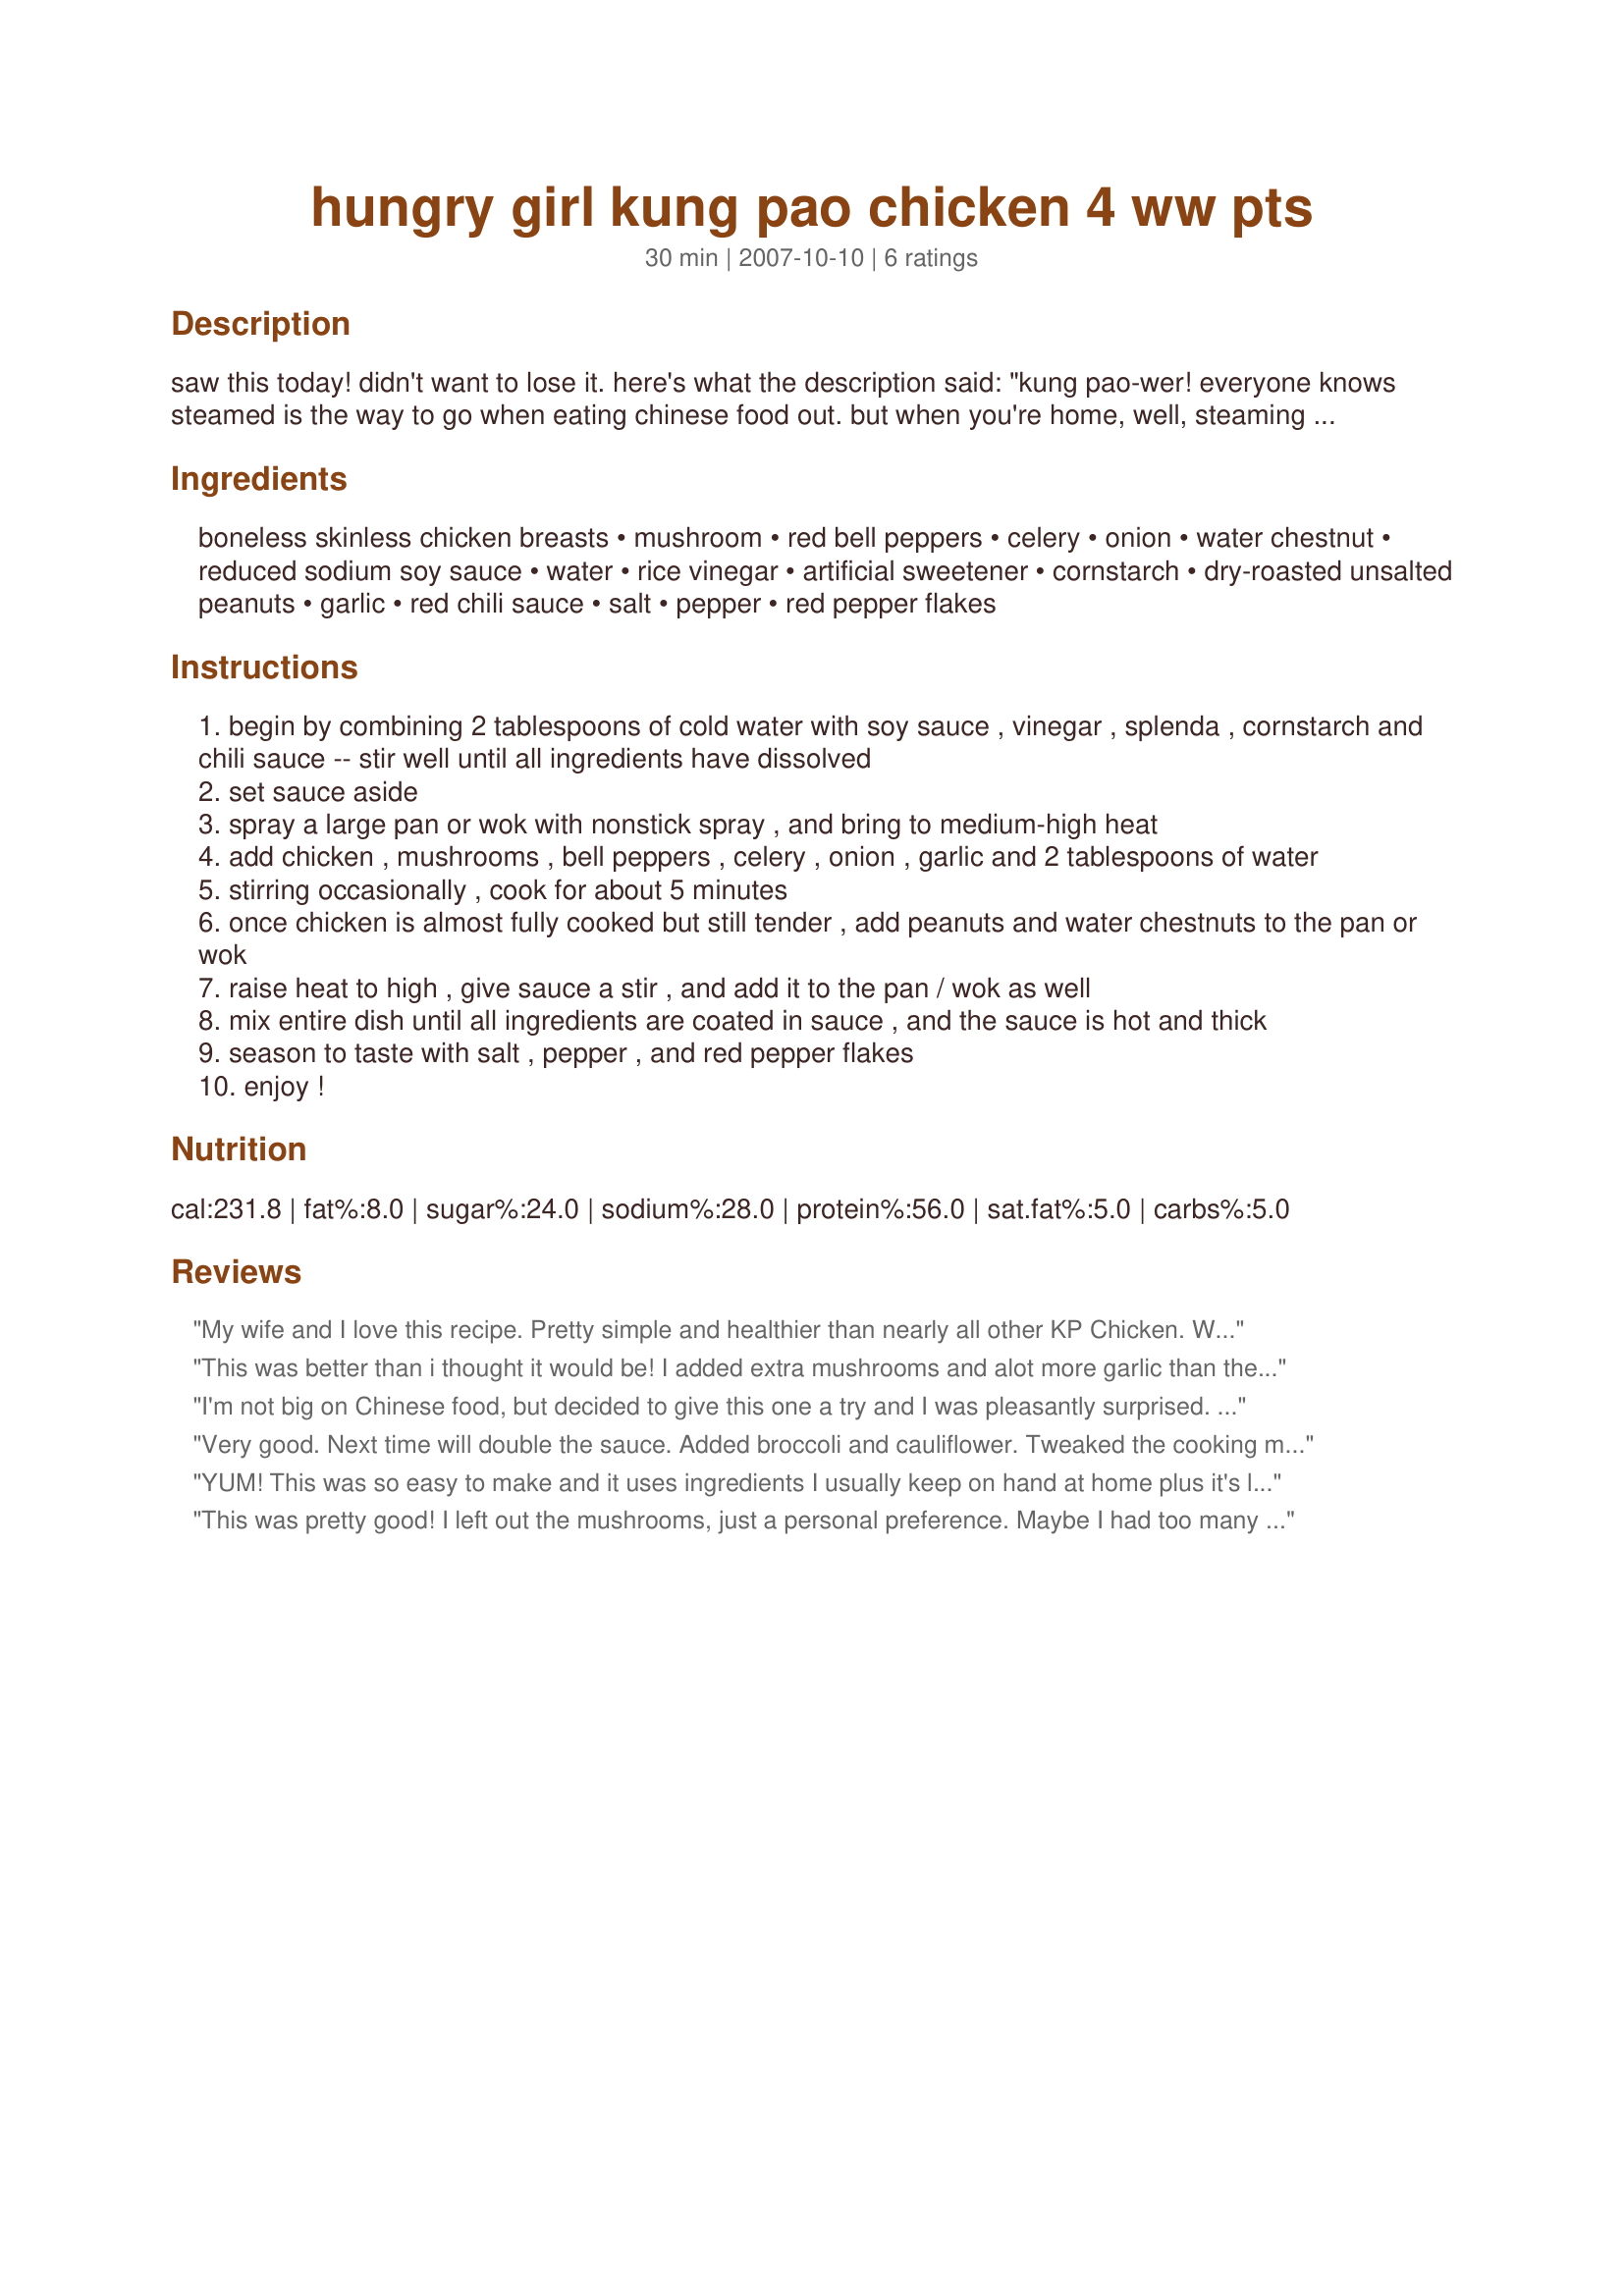
hungry girl kung pao chicken 4 ww pts
Preparation time: 30 minutes

saw this today! didn't want to lose it. here's what the description said: "kung pao-wer! everyone knows steamed is the way to go when eating chinese food out. but when you're home, well, steaming your asian chicken is for the birds (not literally). why? because it's too easy to create a saucy, spicy, wonderful dish that has a tiny fraction of the calories and fat of restaurant versions. see below for proof -- and feel free to experiment using all sorts of other veggies (green beans, carrots, bean sprouts, broccoli) and lean protein (shrimp, lean steak, tofu, and even lean pork tenderloin rock kung pao style!)serving size: 1 heaping portion (half of recipe)
calories: 230
fat: 4g
sodium: 720mg
carbs: 17g
fiber: 3g
sugars: 7g
protein: 30g

Ingredients:
boneless skinless chicken breasts, mushroom, red bell peppers, celery, onion, water chestnut, reduced sodium soy sauce, water, rice vinegar, artificial sweetener, cornstarch, dry-roasted unsalted peanuts, garlic, red chili sauce, salt, pepper, red pepper flakes

Steps:
begin by combining 2 tablespoons of cold water with soy sauce , vinegar , splenda , cornstarch and chili sauce -- stir well until all ingredients have dissolved
set sauce aside
spray a large pan or wok with nonstick spray , and bring to medium-high heat
add chicken , mushrooms , bell peppers , celery , onion , garlic and 2 tablespoons of water
stirring occasionally , cook for about 5 minutes
once chicken is almost fully cooked but still tender , add peanuts and water chestnuts to the pan or wok
raise heat to high , give sauce a stir , and add it to the pan / wok as well
mix entire dish until all ingredients are coated in sauce , and the sauce is hot and thick
season to taste with salt , pepper , and red pepper flakes
enjoy !

Reviews:
My wife and I love this recipe. Pretty simple and healthier than nearly all other KP Chicken. We double it every time (but use a little less than double the chili sauce). The variant she loves is to make it using prepackaged broccoli slaw instead of the peppers & celery.
This was better than i thought it would be! I added extra mushrooms and alot more garlic than the recipe called for. thank you for sharing! will make again. oh and i served over white rice. (a treat for hubby...lol)
I'm not big on Chinese food, but decided to give this one a try and I was pleasantly surprised. I didn't have garlic (so I used garlic powder), water chestnuts or celery (omit), but other than that, made recipe as it says. I did add 2 tsp of the chili-garlic sauce b/c I love the flavor so much, but would def only put 1 tsp next time b/c it was a bit too spicy for me. All in all, a very good and flavorful recipe.
Very good. Next time will double the sauce. Added broccoli and cauliflower. Tweaked the cooking method a bit - did chicken in batches, removed from pan and then did broccolli, cauli and onions first, adding mushrooms and peppers later so they didn't overcook. Then threw chicken back in just before adding sauce.
YUM! This was so easy to make and it uses ingredients I usually keep on hand at home plus it's low Cal but doesn't taste like it is. I love hungry girl!
This was pretty good! I left out the mushrooms, just a personal preference. Maybe I had too many veggies, but I doubled the sauce and it still could have used more. I served this with steamed rice and these egg rolls http://www.recipezaar.com/244979
I think next time I'll throw in some ground ginger and perhaps a touch more soy sauce.
